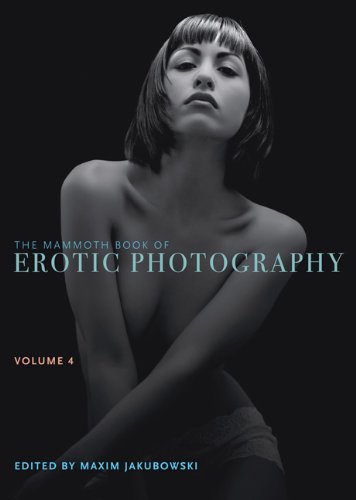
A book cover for The Mammoth Book of Erotic Photography, Vol. 4; Arts & Photography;